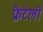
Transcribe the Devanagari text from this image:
फ्रैटेली